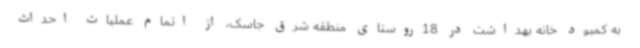
به کمبود خانه بهداشت در 18روستای منطقه شرق جاسک، از اتمام عملیات احداث